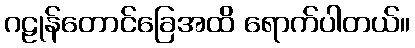
ဂဠုန်တောင်ခြေအထိ ရောက်ပါတယ်။